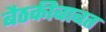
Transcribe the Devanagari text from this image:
बैठकीबाबत